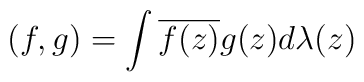
(f,g)=\int \overline{f(z)}g(z) d\lambda(z)